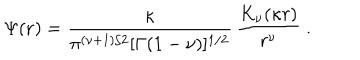
LaTeX: \Psi ( { \bf r } ) = \frac { \kappa } { \pi ^ { ( \nu + 1 ) / 2 } [ \Gamma ( 1 - \nu ) ] ^ { 1 / 2 } } \, \frac { K _ { \nu } ( \kappa r ) } { r ^ { \nu } } \; .